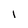
Character: I